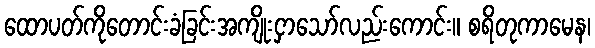
ထောပတ်ကိုတောင်းခံခြင်းအကျိုးငှာသော်လည်းကောင်း။ စရိတုကာမေန၊